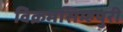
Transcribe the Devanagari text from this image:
विक्रमसिम्‍हपुरी